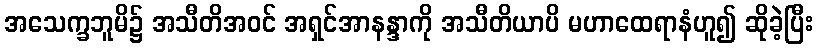
အသေက္ခဘူမိ၌ အသီတိအဝင် အရှင်အာနန္ဒာကို အသီတိယာပိ မဟာထေရာနံဟူ၍ ဆိုခဲ့ပြီး